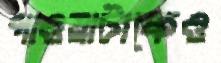
পাওয়াটাকেও